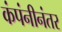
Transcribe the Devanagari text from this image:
कंपंनीनंतर